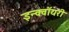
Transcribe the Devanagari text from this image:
इन्क्वॉयरी